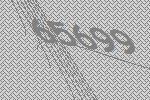
65699